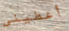
أعطيني